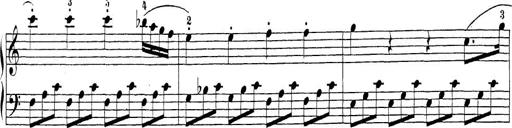
Title: Sonatina Album
Composer: Louis KÃ¶hler